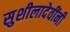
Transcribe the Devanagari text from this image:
सुशीलादेवींनी